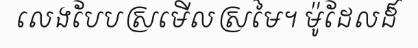
លេងបែបស្រមើលស្រមៃ។ ម៉ូដែលដ៏